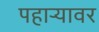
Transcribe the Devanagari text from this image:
पहाऱ्यावर